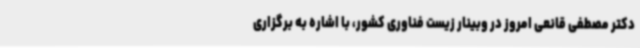
دکتر مصطفی قانعی امروز در وبینار زیست فناوری کشور، با اشاره به برگزاری